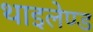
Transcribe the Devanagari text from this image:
थाइलेण्ड